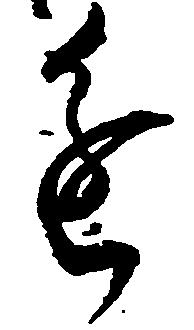
進